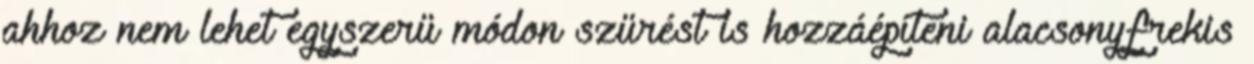
ahhoz nem lehet egyszerü módon szürést is hozzáépíteni alacsonyfrekis